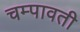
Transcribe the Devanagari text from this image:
चम्पावती